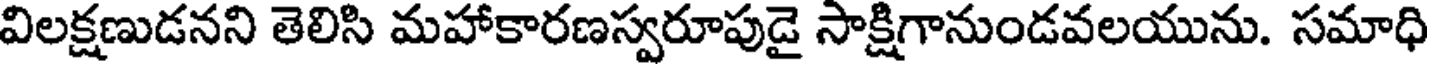
విలక్షణుడనని తెలిసి మహాకారణస్వరూపుడై సాక్షిగానుండవలయును. సమాధి